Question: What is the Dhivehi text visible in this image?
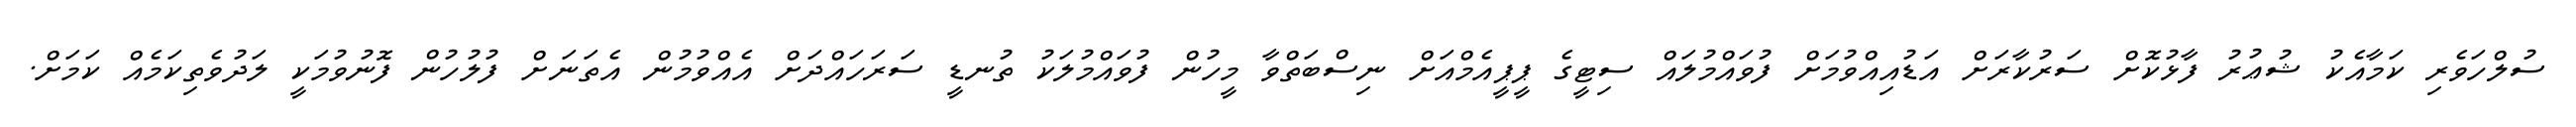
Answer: ސުލްހަވެރި ކަމާއެކު ޝުޢުރު ފާޅުކޮށް ސަރުކާރަށް އަޑުއިއްވުމަށް ފުވައްމުލައް ސިޓީގެ ޕީޕީއެމްއަށް ނިސްބަތްވާ މީހުން ފުވައްމުލަކު ތުނޑީ ސަރަހައްދަށް އެއްވުމުން އެތަނަށް ފުލުހުން ފޮނުވުމަކީ ލަދުވެތިކަމެއް ކަމަށް.